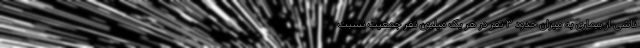
ناشی از بیماری به میزان حدود ۳ نفر در هر یک میلیون نفر جمعیت نسبت